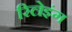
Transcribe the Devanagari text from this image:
रिलेइंग